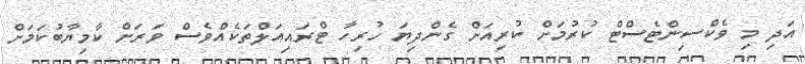
އަދި މި ވެކްސިންޓެސްޓް ކުރުމަށް ކުރިއަށް ގެންދިޔަ ހުރިހާ ޓްރައިއަލްތަކެއްވެސް ވަރަށް ކާމިޔާބުކަމަށް